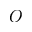
O